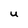
Character: U